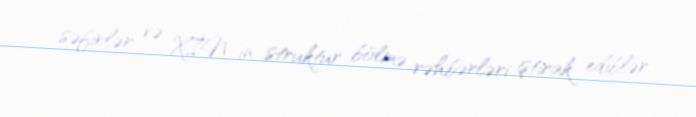
səfirlər və XİN-in struktur bölmə rəhbərləri iştirak ediblər.